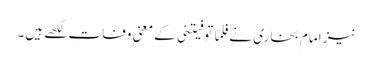
نیز امام بخاری نے فلمّا توفیتنی کے معنی وفات لکھے ہیں۔